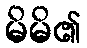
မိမိ၏